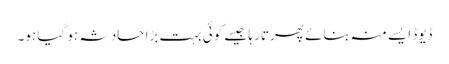
ڈیوڈ ایسے منہ بنائے پھرتا رہا جیسے کوئی بہت بڑا حادثہ ہو گیا ہو۔